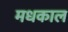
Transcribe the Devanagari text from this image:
मधकाल